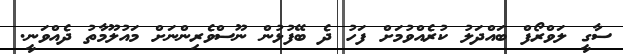
ސާގީ ލަވްރޯފް ބައްދަލު ކުރެއްވުމަށް ފަހު ދެ ބޭފުޅުން ނޫސްވެރިންނަށް މައުލޫމާތު ދެއްވަނީ.